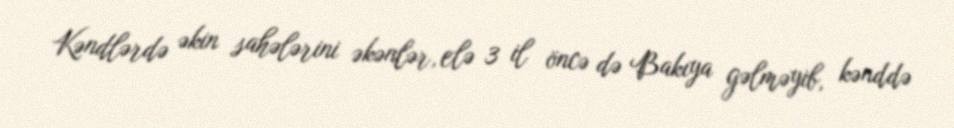
Kəndlərdə əkin sahələrini əkənlər, elə 3 il öncə də Bakıya gəlməyib, kənddə